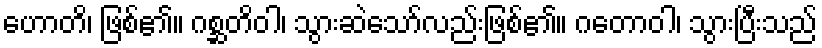
ဟောတိ၊ ဖြစ်၏။ ဂစ္ဆတိဝါ၊ သွားဆဲသော်လည်းဖြစ်၏။ ဂတောဝါ၊ သွားပြီးသည်